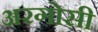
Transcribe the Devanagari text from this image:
अरगोसी